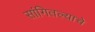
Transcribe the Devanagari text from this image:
सांगितल्याचे